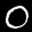
Label: 0